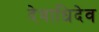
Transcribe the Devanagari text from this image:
देवाधिदेव